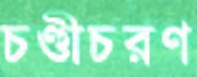
চণ্ডীচরণ